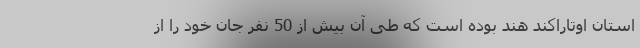
استان اوتاراکند هند بوده است که طی آن بیش از 50 نفر جان خود را از